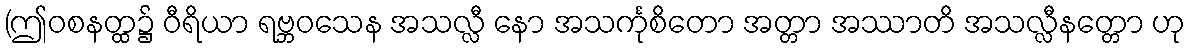
(ဤဝစနတ္ထ၌ ဝီရိယာ ရဗ္ဘဝသေန အသလ္လီ နော အသင်္ကုစိတော အတ္တာ အဿာတိ အသလ္လီနတ္တော ဟု